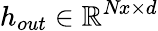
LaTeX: h_{out}\in\mathbb{R}^{\textit{Nx}\times d}